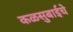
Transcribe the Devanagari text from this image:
कळसुबाईचे